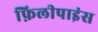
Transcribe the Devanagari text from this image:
फ़िलीपाइंस